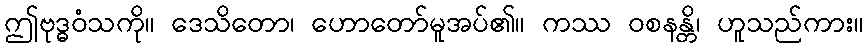
ဤဗုဒ္ဓဝံသကို။ ဒေသိတော၊ ဟောတော်မူအပ်၏။ ကဿ ဝစနန္တိ၊ ဟူသည်ကား။